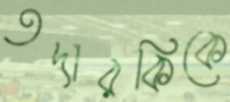
তদারকিকে